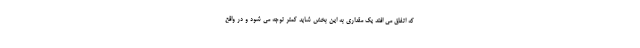
که اتفاق می افتد یک مقداری به این بخش شاید کمتر توجه می شود و در واقع